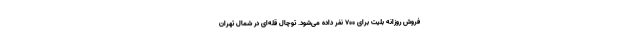
فروش روزانه بلیت برای ۷۰۰ نفر داده می‌شود. توچال قله‌ای در شمال تهران